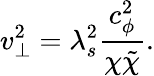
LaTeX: v_{\perp}^{2}=\lambda_{s}^{2}\frac{c_{\phi}^{2}}{\chi\tilde{\chi}}.